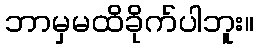
ဘာမှမထိခိုက်ပါဘူး။